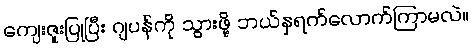
ကျေးဇူးပြုပြီး ဂျပန်ကို သွားဖို့ ဘယ်နှရက်လောက်ကြာမလဲ။